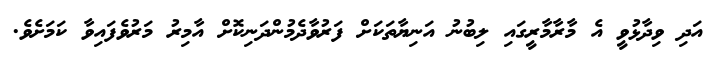
އަދި ވިދާޅުވީ އެ މާރާމާރީގައި ލިބުނު އަނިޔާތަކަށް ފަރުވާދެމުންދަނިކޮށް އާމިރު މަރުވެފައިވާ ކަމަށެވެ.